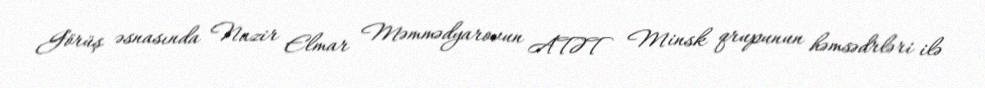
Görüş əsnasında Nazir Elmar Məmmədyarovun ATƏT Minsk qrupunun həmsədrləri ilə